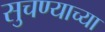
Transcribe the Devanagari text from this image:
सुचण्याच्या